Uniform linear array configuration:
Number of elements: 32
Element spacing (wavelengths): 1
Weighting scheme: blackman
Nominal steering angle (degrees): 45
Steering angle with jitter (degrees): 46.213
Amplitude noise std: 0.05
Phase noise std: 0.05

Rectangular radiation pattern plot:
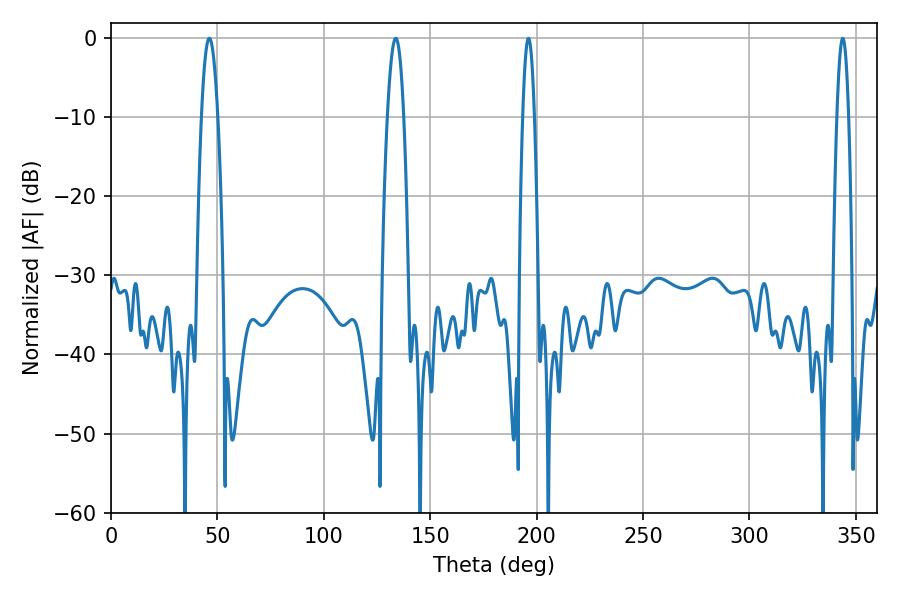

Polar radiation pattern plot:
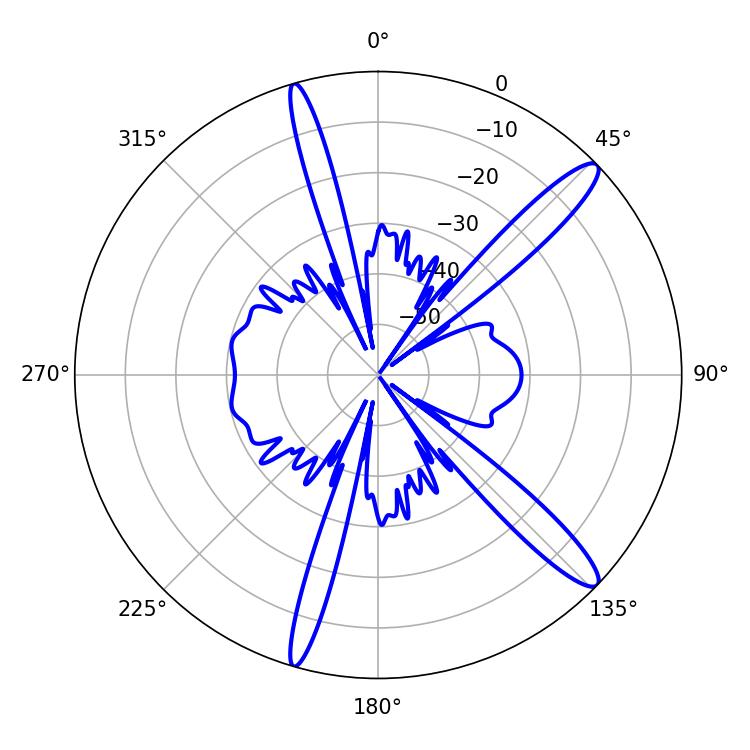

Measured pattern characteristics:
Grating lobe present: TRUE
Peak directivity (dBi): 13.818
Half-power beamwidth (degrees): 2.88
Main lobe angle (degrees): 343.8